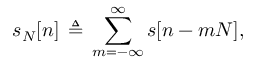
s _ { N } [ n ] \, \triangleq \, \sum _ { m = - \infty } ^ { \infty } s [ n - m N ] ,